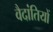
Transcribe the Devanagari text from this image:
वैदांतियों